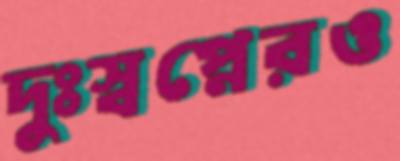
দুঃস্বপ্নেরও